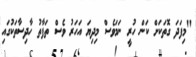
"މިފަދަ ގޮތަކަށް ކަން ހުރީ ނަމަވެސް މިދިޔަ އަހަރު ވެސް ތަފާތު ހާދިސާތަކުގައި